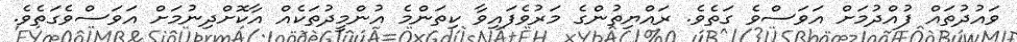
ވައުދުތައް ފުއްދުމަށް އަވަސްވެ ގަތެވެ. ރައްޔިތުންގެ މަރުވެފައިވާ ކިތަންމެ އުންމީދުތަކެއް އާކޮށްދިނުމަށް އަވަސްވެގަތެވެ.